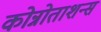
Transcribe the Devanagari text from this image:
कोन्नोताशन्स